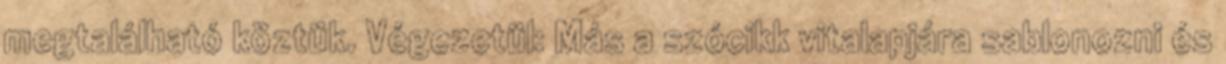
megtalálható köztük. Végezetül: Más a szócikk vitalapjára sablonozni és